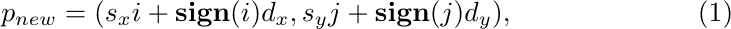
\begin{equation}
p_{new} = (s_x i + \textbf{sign}(i) d_x, s_y j + \textbf{sign}(j) d_y),
\end{equation}